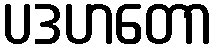
ပဒဟတော